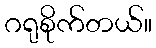
ဂရုစိုက်တယ်။